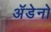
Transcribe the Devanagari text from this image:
अॅडेनो